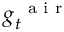
{ \boldsymbol g } _ { t } ^ { \mathrm { ~ \scriptsize ~ a ~ i ~ r ~ } }